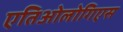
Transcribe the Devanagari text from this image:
एतिओलोगिएस